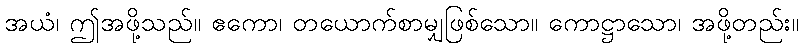
အယံ၊ ဤအဖို့သည်။ ဧကော၊ တယောက်စာမျှဖြစ်သော။ ကောဋ္ဌာသော၊ အဖို့တည်း။